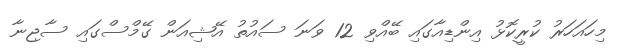
މިހައަހަރު ކުރީކޮޅު އިންޑިއާގައި ބޭއްވި 12 ވަނަ ސައުތު އޭޝިއަން ގޭމްސްގައި ސާޖިނާ